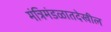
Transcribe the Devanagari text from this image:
मंत्रिमंडळातदेखील